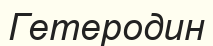
Гетеродин